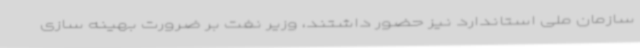
سازمان ملی استاندارد نیز حضور داشتند، وزیر نفت بر ضرورت بهینه سازی